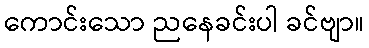
ကောင်းသော ညနေခင်းပါ ခင်ဗျာ။